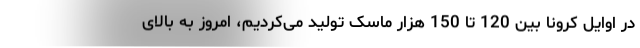
در اوایل کرونا بین 120 تا 150 هزار ماسک تولید می‌کردیم، امروز به بالای